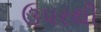
ઉપરથી